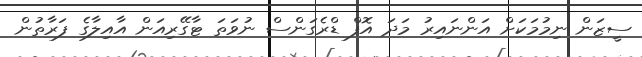
ސީޒަން ނިމުމަކަށް އަންނައިރު މަދަ އޮފް ޑްރެގަންސް ނުވަތަ ޓާގޭރިއަން އާއިލާގެ ފަރާތުން